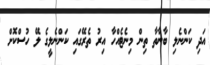
އަދި ކަންނެލި ބާނާތާ ތިން މިނެޓެއްހާ އިރު ތެރޭގައި ކަންނެލީގެ ލޭ ހުސްކޮށް